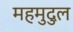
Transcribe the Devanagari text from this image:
महमुदुल